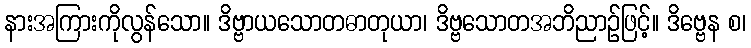
နားအကြားကိုလွန်သော။ ဒိဗ္ဗာယသောတဓာတုယာ၊ ဒိဗ္ဗသောတအဘိညာဉ်ဖြင့်။ ဒိဗ္ဗေန စ၊